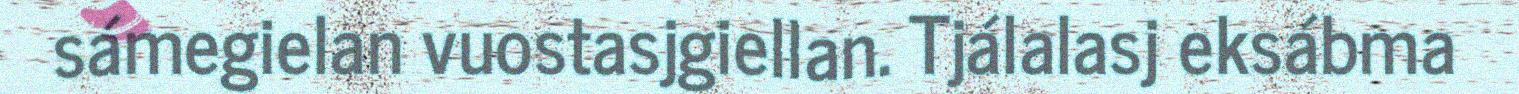
sámegielan vuostasjgiellan. Tjálalasj eksábma